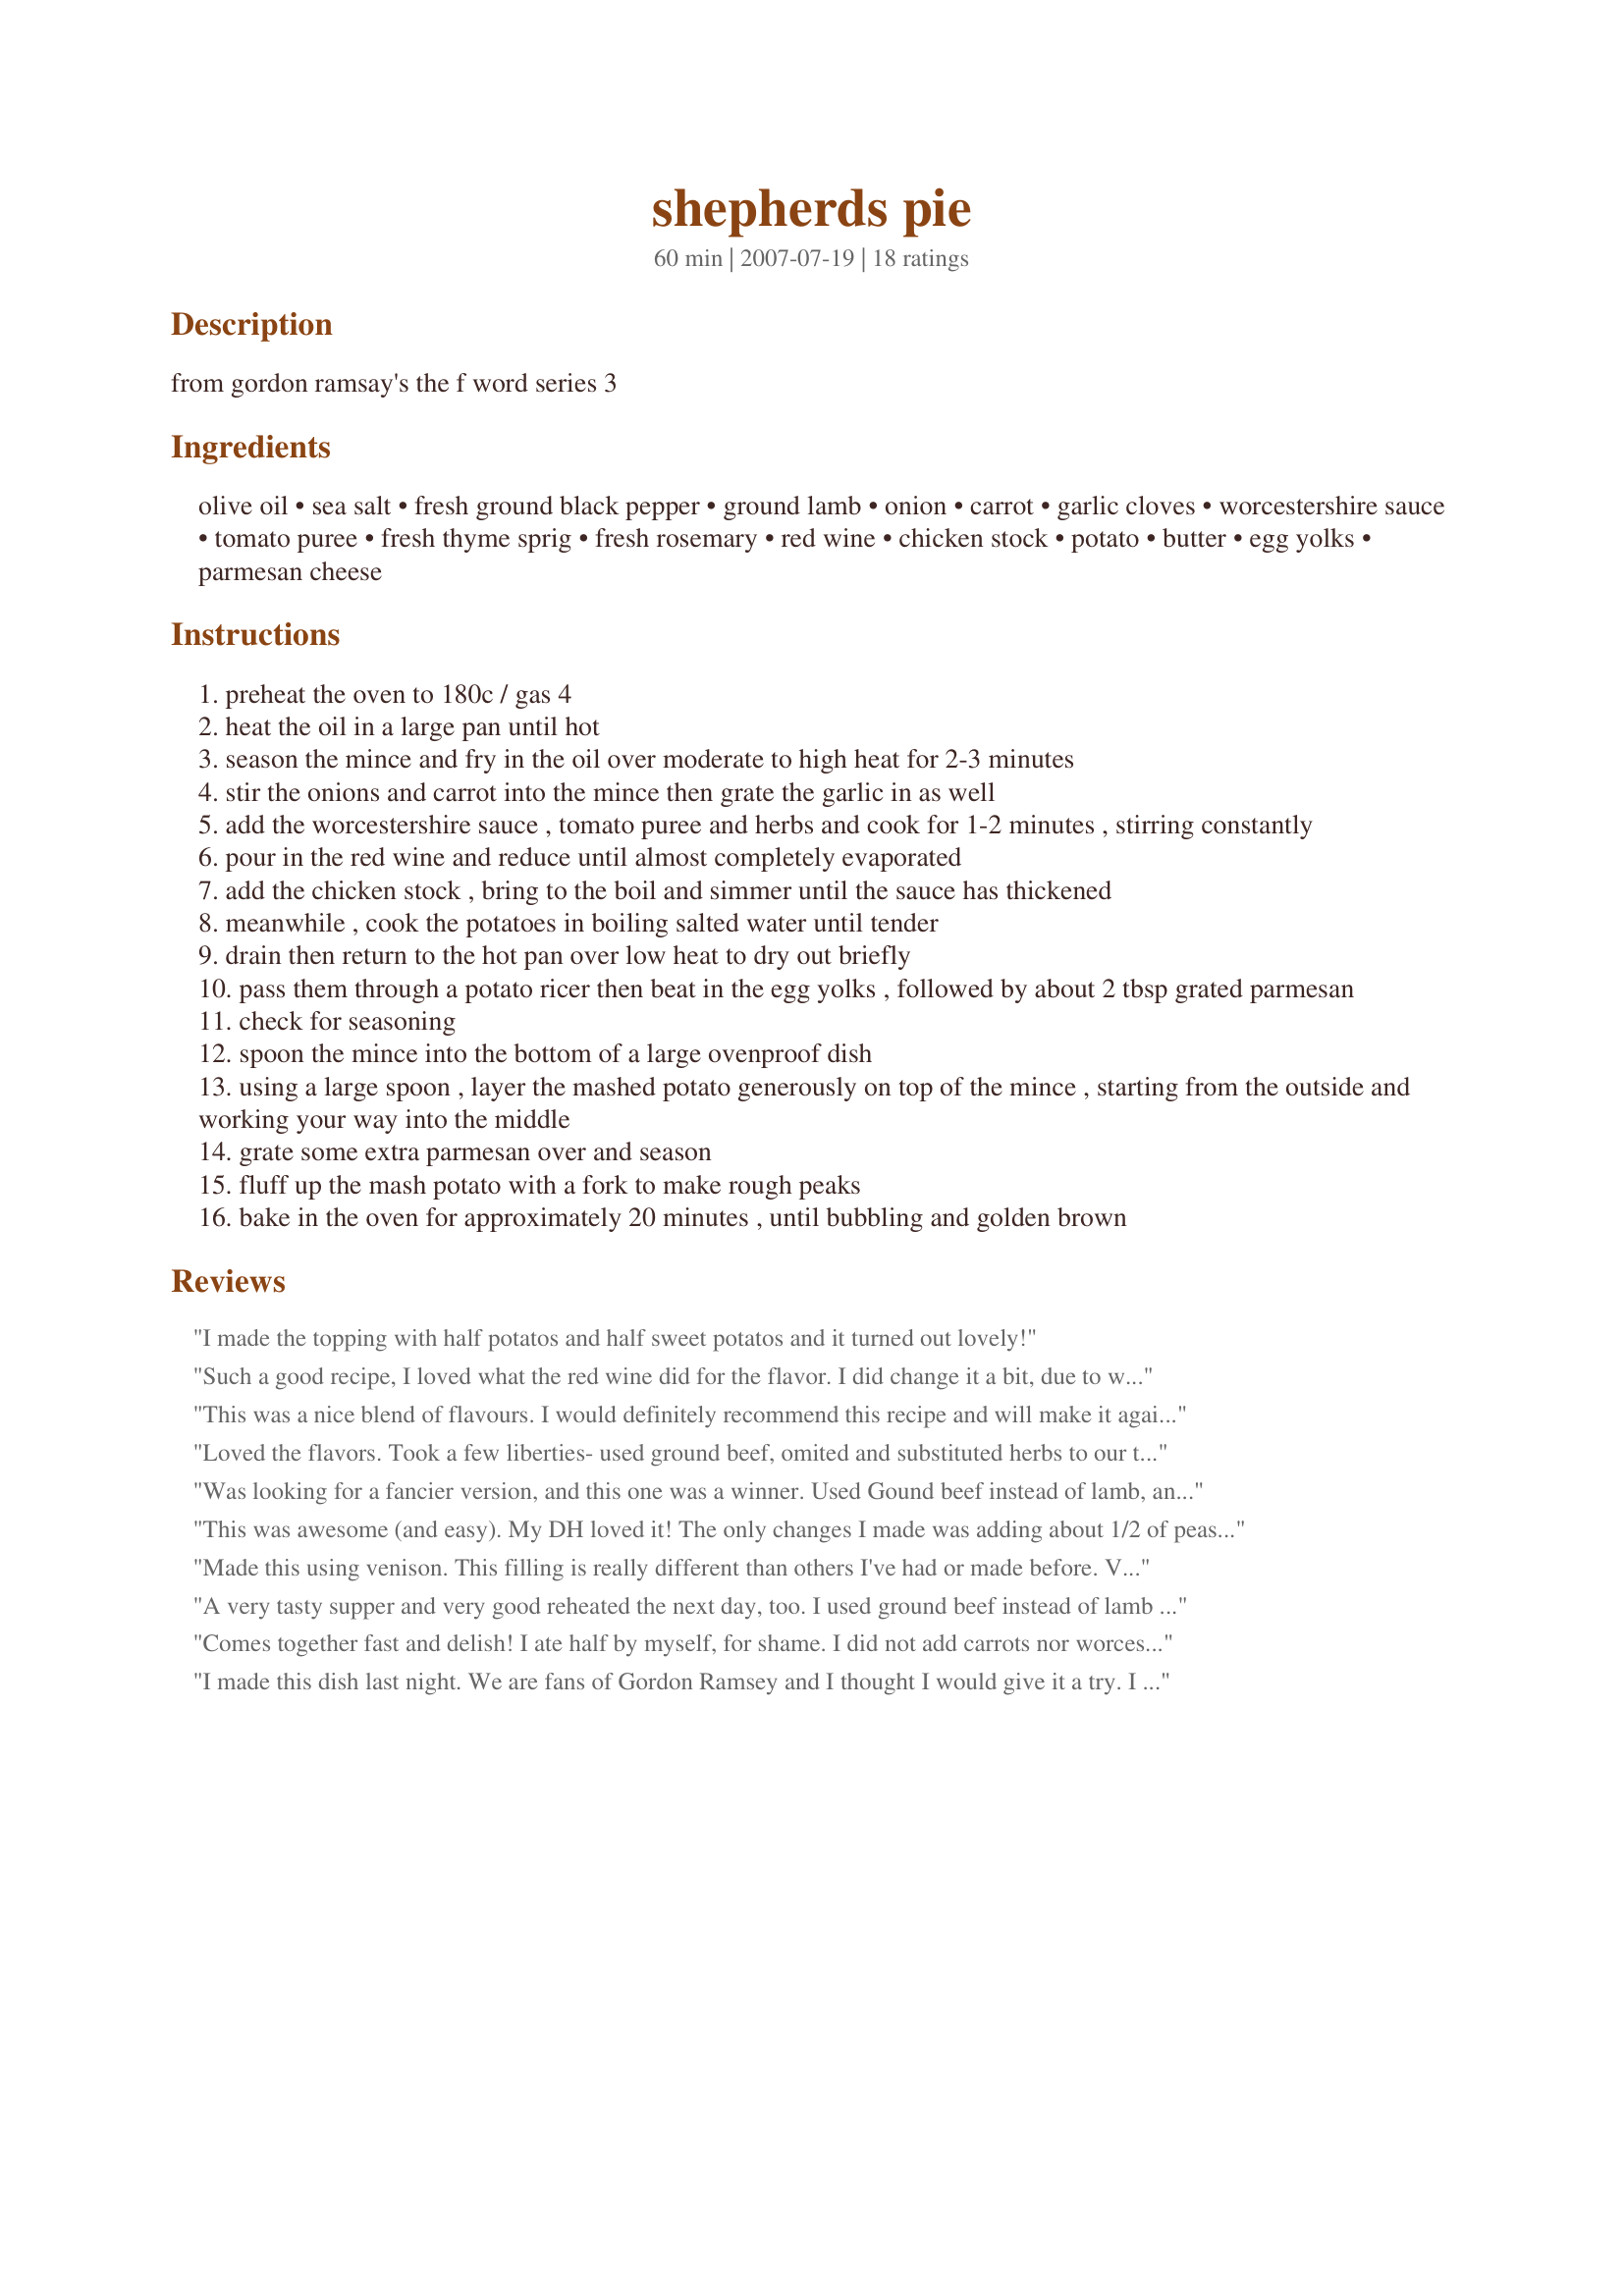
shepherds pie
Preparation time: 60 minutes

from gordon ramsay's the f word series 3

Ingredients:
olive oil, sea salt, fresh ground black pepper, ground lamb, onion, carrot, garlic cloves, worcestershire sauce, tomato puree, fresh thyme sprig, fresh rosemary, red wine, chicken stock, potato, butter, egg yolks, parmesan cheese

Steps:
preheat the oven to 180c / gas 4
heat the oil in a large pan until hot
season the mince and fry in the oil over moderate to high heat for 2-3 minutes
stir the onions and carrot into the mince then grate the garlic in as well
add the worcestershire sauce , tomato puree and herbs and cook for 1-2 minutes , stirring constantly
pour in the red wine and reduce until almost completely evaporated
add the chicken stock , bring to the boil and simmer until the sauce has thickened
meanwhile , cook the potatoes in boiling salted water until tender
drain then return to the hot pan over low heat to dry out briefly
pass them through a potato ricer then beat in the egg yolks , followed by about 2 tbsp grated parmesan
check for seasoning
spoon the mince into the bottom of a large ovenproof dish
using a large spoon , layer the mashed potato generously on top of the mince , starting from the outside and working your way into the middle
grate some extra parmesan over and season
fluff up the mash potato with a fork to make rough peaks
bake in the oven for approximately 20 minutes , until bubbling and golden brown

Reviews:
I made the topping with half potatos and half sweet potatos and it turned out lovely!
Such a good recipe, I loved what the red wine did for the flavor. I did change it a bit, due to what I had on hand. I subbed ground beef for lamb, though I would LOVE to try it with lamb. I wasn&#039;t sure what tomato puree is, so I used ketchup and I decided to go with beef broth instead of chicken broth. Also, I think next time I will chop the onion and carrot into a little bit bigger pieces; I like to be able to see my veggies in my shepherds pie....and also maybe add some corn. All in all, this was a definite keeper, and will be visited again and again! Thanks!
This was a nice blend of flavours. I would definitely recommend this recipe and will make it again. I too added the butter to the potatoes as noted in another review. The addition of the egg yolk made for a nice crispness to the topping.
Loved the flavors. Took a few liberties- used ground beef, omited and substituted herbs to our tastes, marsala instead of red, and added parm cheese to thicken meat mixture.
Was looking for a fancier version, and this one was a winner. Used Gound beef instead of lamb, and did not add the rosemary.
Really tasty.
This was awesome (and easy). My DH loved it! The only changes I made was adding about 1/2 of peas (DH request). Great mashed potatoes- will make those same way for other meals!
Made this using venison. This filling is really different than others I've had or made before. Very full flavored and delicious!
A very tasty supper and very good reheated the next day, too. I used ground beef instead of lamb and a head of cauliflower - steamed and mashed - instead of the potatoes. Thanks, Chef #316797 for sharing.
Comes together fast and delish! I ate half by myself, for shame. I did not add carrots nor worcestshire. Also used one egg instead of 2 yolks. Most importantly, I used ground beef but I had some lamb stock from making lamb biryani and used that instead of chicken stock. Also added half a large jalapeno, diced w/ the onions. Oh and used goat cheese instead of parm! AND I made it all in my cast iron skillet and just stuck that in the oven after topping w/ the taters. So yummy! Thanks :)
I made this dish last night. We are fans of Gordon Ramsey and I thought I would give it a try. I used ground beef instead of lamb and tomato paste. The dish was great. My one year old loved it! I was happy with the dish, full of flavor and not dry at all. My hubby enjoyed the meal. I will make this again! Don't be to stingy with the parm. It makes a great crunch when baked on top! Yum!
Wonderful and full of flavor! I used what I had on hand (hamburger in place of the lamb, several tablespoons tomato sauce in place of puree, dried herbs in place of fresh) and a little extra freshly grated parmesan, and the result was fabulous! The whole family loved it! This is definitely a keeper!
Thank you Gordon for posting this recipe. It is like or very similar to one that has vansihed from my files. 

We have missed this so much and after making, we are very grateful!
Hmmmm delicious. I didn't use onions just added a little onion powder and I also used dry rather than fresh herbs and it was still great. Gordon Ramsay is awesome! :)
This is the best shepherds pie EVER!!
I was making it for a sick friend, and I had to hold myself back from not sending it over!! This is definitely a cut above your usual shepherds pie, and the extra effort is well worth it.
I didn't have any red wine on hand, so used white vermouth and red wine vinegar instead ( about 3/4 vermouth and 1/4 vinegar) and it was still amazing.
My husband who has always hated shepherds pie, smelled it cooking and said that he wants to try it this week because it smelled and looked so good. Definitely a keeper!!
This is a fantastic recipe. Many people think of Shepherd's Pie as bland and boring, but this one is so full of flavour and incredibly easy to make. A great dish to make with leftovers if you are like me and always make too many mashed potatoes. This is a new go-to recipe in our house when we are craving something simple, delicious and comforting. Leftovers refrigerate and freeze well.
Made this last night, and it was amazing! I've only ever had my mom's shepherd's pie before, which was much different than this. I loved the slight sweetness of the mince, and the potatoes were great! We subbed a little additional salt for the parmesan and didn't use butter since my daughter has a milk allergy. Still tasted great!
Oh MY...fabulous recipe. I don't normally like shepherds pie but this one is full of flavor. I followed it exactly except to add some corn kernels to the meat mix and some cheddar to the potatoes. I was even hesitant about the egg yolks but i thought try it first..lmao i was wincing as i put the raw egg into the hot mashed potatoes and whipped them as fast as i could! But it did add to the texture.
Very flavorful and filling. My kids and husband love this dish and amazingly enough it wasnt super complicated to make. The only thing that wasn't clear was what to do with the butter, I added into the mashed potatoes because it just seemed logical to do it that way. Thanks for posting this recipe it made my Husband's night!
